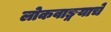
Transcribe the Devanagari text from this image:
लोकवाङ्मयाचे